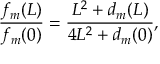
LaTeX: \frac { f _ { m } ( L ) } { f _ { m } ( 0 ) } = \frac { L ^ { 2 } + d _ { m } ( L ) } { 4 L ^ { 2 } + d _ { m } ( 0 ) } ,